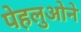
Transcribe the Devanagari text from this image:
पेहलुओने